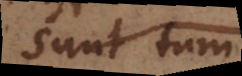
Sunt tum